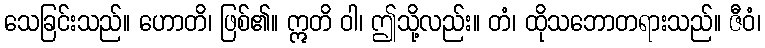
သေခြင်းသည်။ ဟောတိ၊ ဖြစ်၏။ ဣတိ ဝါ၊ ဤသို့လည်း။ တံ၊ ထိုသဘောတရားသည်။ ဇီဝံ၊